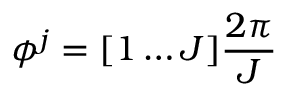
\phi ^ { j } = [ 1 \ldots J ] \frac { 2 \pi } { J }